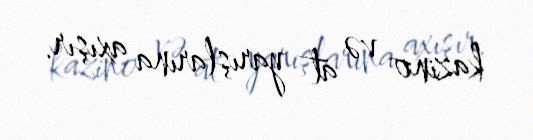
kazino və at yarışlarına axışır.